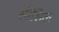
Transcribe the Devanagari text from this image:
सीसिल